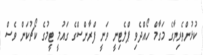
ކުޅުންތެރިޔާގެ މަގާމް ހޯއްދެވި ޕްލެޓިނީ ވަނީ ފްރާންސްގެ ގައުމީ ޓީމުގެ ކޯޗުކަން ވެސް